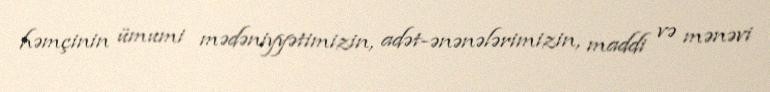
həmçinin ümumi mədəniyyətimizin, adət-ənənələrimizin, maddi və mənəvi